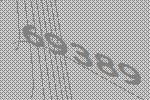
69389